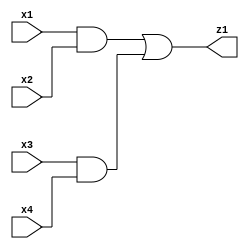
// Description: z1 = x1x2 + x3x4

`timescale 1ns / 1ns

module circuit_bhv(input wire x1, x2, x3, x4,
		output reg z1);

   always @ (x1 or x2 or x3 or x4)
   begin
      z1 = (x1 & x2) | (x3 & x4);
   end

endmodule